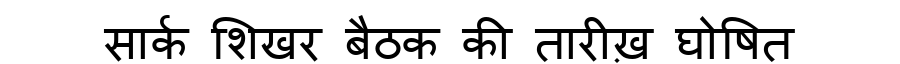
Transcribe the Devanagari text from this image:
सार्क शिखर बैठक की तारीख़ घोषित